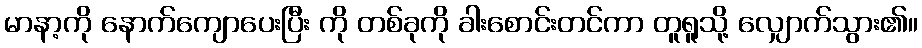
မာနာ့ကို နောက်ကျောပေးပြီး ကို တစ်ခုကို ခါးစောင်းတင်ကာ တူရူသို့ လျှောက်သွား၏။